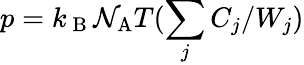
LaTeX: p=k_{\mathrm{~B~}}\mathcal{N}_{\mathrm{A}}T(\sum_{j}C_{j}/W_{j})